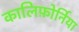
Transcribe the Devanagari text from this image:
कालिफ़ोर्निया